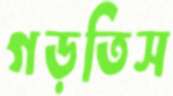
গড়তিস